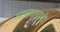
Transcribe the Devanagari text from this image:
आपणापाशी